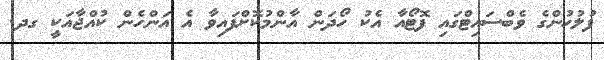
ފުލުހުންގެ ވެބްސައިޓްގައި ފޮޓޯއާ އެކު ހޯދަން އާންމުކޮށްފައިވާ އެ އަންހެން ކުއްޖާއަކީ ގދ.